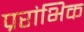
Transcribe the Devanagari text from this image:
प्ररांभिक